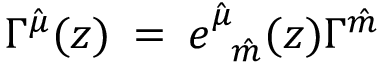
\Gamma ^ { \hat { \mu } } ( z ) \: = \: e _ { \: \: \: \hat { m } } ^ { \hat { \mu } } ( z ) \Gamma ^ { \hat { m } }